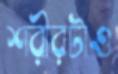
শরীরটাও